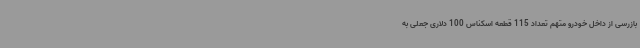
بازرسی از داخل خودرو متهم تعداد 115 قطعه اسکناس 100 دلاری جعلی به